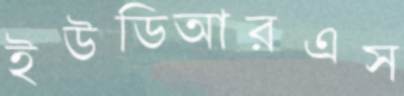
ইউডিআরএস